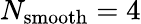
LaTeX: N_{\mathrm{smooth}}=4